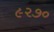
૯૨૭૦